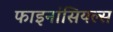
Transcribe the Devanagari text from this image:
फाइनांसियल्स